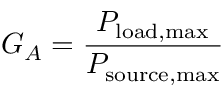
G _ { A } = { \frac { P _ { \mathrm { l o a d , m a x } } } { P _ { \mathrm { s o u r c e , m a x } } } }